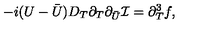
- i ( U - { \bar { U } } ) D _ { T } \partial _ { T } \partial _ { \bar { U } } { \cal I } = \partial _ { T } ^ { 3 } f ,